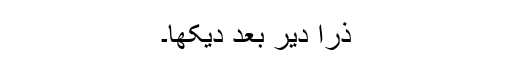
ذرا دیر بعد دیکھا۔